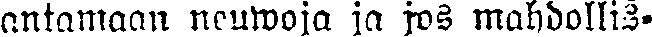
antamaan neuwoja ja jos mahdollis-